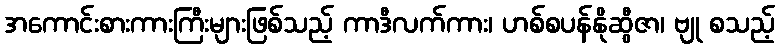
အကောင်းစားကားကြီးများဖြစ်သည့် ကာဒီလက်ကား၊ ဟစ်စပန်နိုဆွီဇာ၊ ဗျု စသည့်